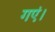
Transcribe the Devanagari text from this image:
गएं।